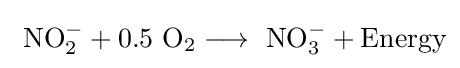
\mathrm {\ NO_{2}^{-}+0.5\ O_{2}\longrightarrow \ NO_{3}^{-}+Energy}